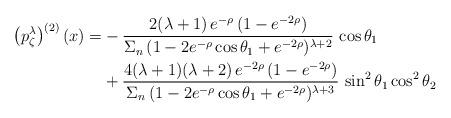
LaTeX: \begin{align*}\left(p_\zeta^\lambda\right)^{(2)}(x) =&-\frac{2(\lambda+1)\,e^{-\rho}\,(1-e^{-2\rho})}{\Sigma_n\,(1-2e^{-\rho}\cos\theta_1+e^{-2\rho})^{\lambda+2}}\,\cos\theta_1\\&+\frac{4(\lambda+1)(\lambda+2)\,e^{-2\rho}\,(1-e^{-2\rho})}{\Sigma_n\,(1-2e^{-\rho}\cos\theta_1+e^{-2\rho})^{\lambda+3}}\,\sin^2\theta_1\cos^2\theta_2\end{align*}